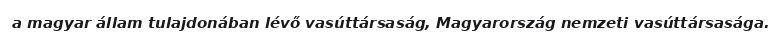
a magyar állam tulajdonában lévő vasúttársaság, Magyarország nemzeti vasúttársasága.